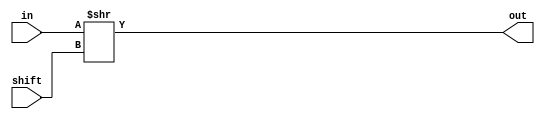
module TC_Shr (in, shift, out);
    parameter UUID = 0;
    parameter NAME = "";
    parameter BIT_WIDTH = 1;
    parameter SHIFT_VAR_WIDTH = (BIT_WIDTH == 8 ? 3 : BIT_WIDTH == 16 ? 4 : BIT_WIDTH == 32 ? 5 : BIT_WIDTH == 64 ? 6 : 1);
    input [SHIFT_VAR_WIDTH-1:0] shift;
    input [BIT_WIDTH-1:0] in;
    
    output [BIT_WIDTH-1:0] out;

    assign out = in >> shift;
endmodule